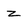
Character: z